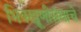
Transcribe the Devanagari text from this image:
भिक्खूणीसंघाचे